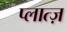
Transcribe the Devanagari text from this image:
प्लात्ज़